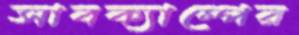
সাবক্যাম্পের